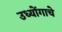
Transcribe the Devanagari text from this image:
उध्योंगाचे